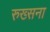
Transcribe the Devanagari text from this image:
रुख्सना